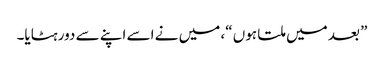
” بعد میں ملتا ہوں “، میں نے اسے اپنے سے دور ہٹایا۔